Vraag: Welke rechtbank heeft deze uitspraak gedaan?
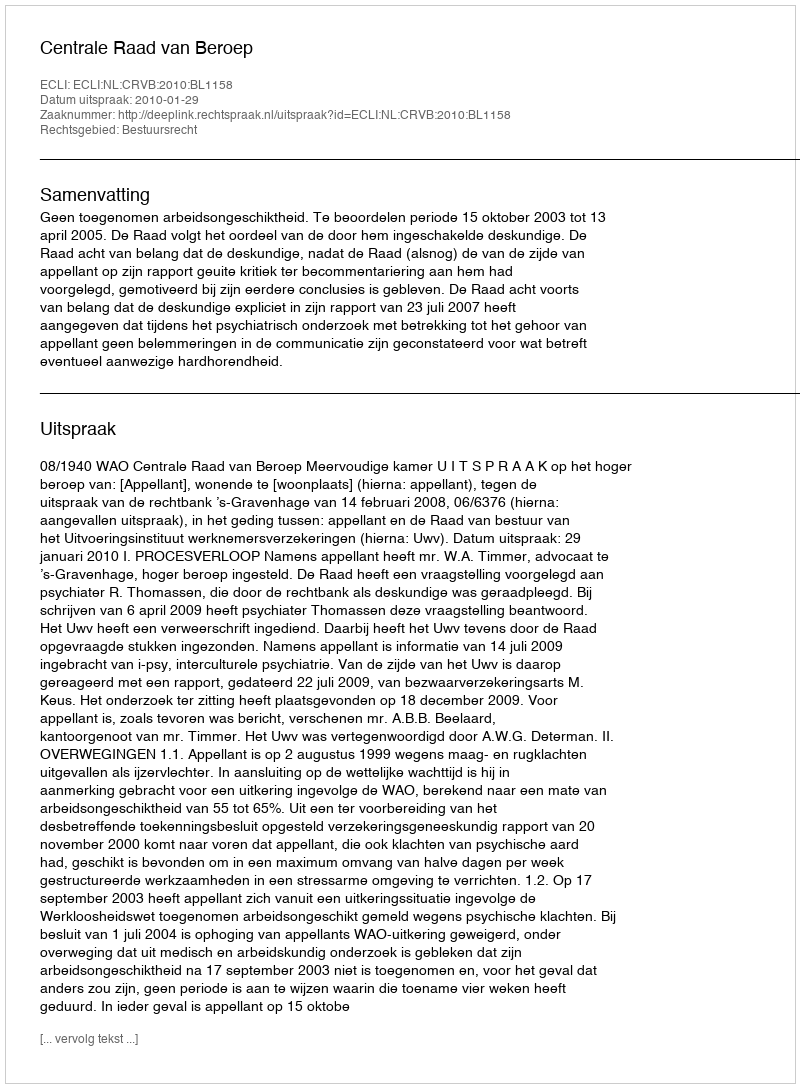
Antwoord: Centrale Raad van Beroep